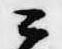
公